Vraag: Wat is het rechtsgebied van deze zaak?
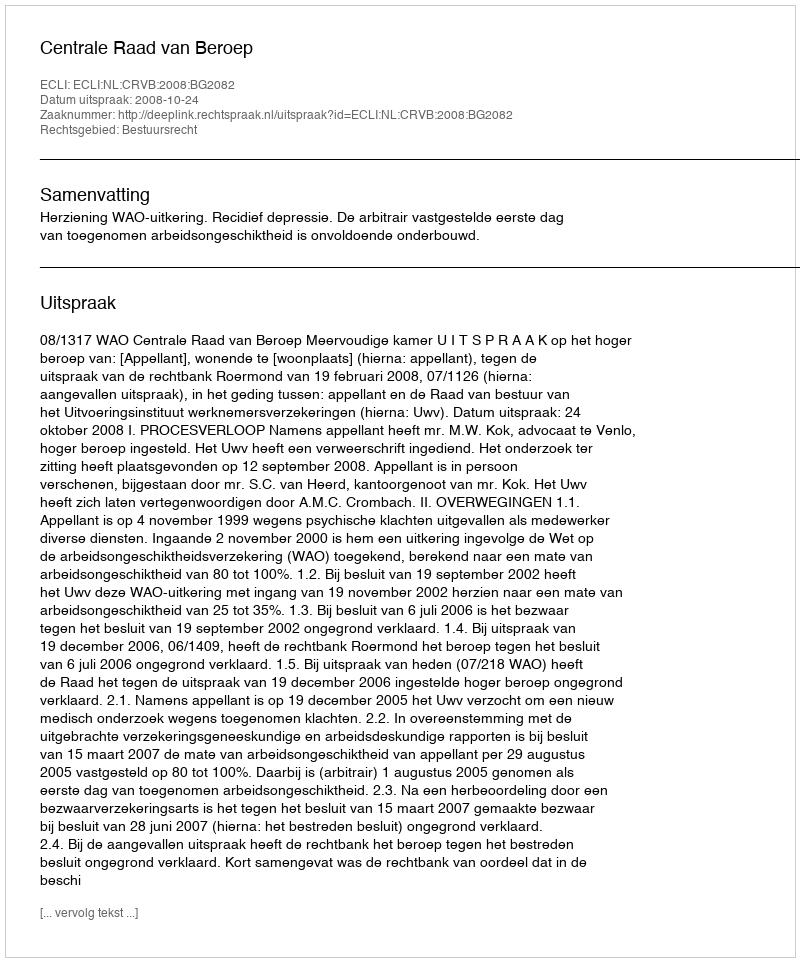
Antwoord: Bestuursrecht